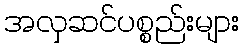
အလှဆင်ပစ္စည်းများ